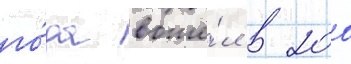
го́да вошё́л в 200